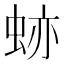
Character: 𧊤